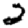
Digit: 2